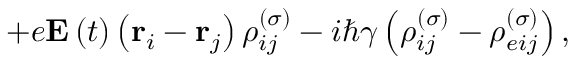
+ e \mathbf { E } \left( t \right) \left( \mathbf { r } _ { i } - \mathbf { r } _ { j } \right) \rho _ { i j } ^ { \left( \sigma \right) } - i \hbar \gamma \left( \rho _ { i j } ^ { \left( \sigma \right) } - \rho _ { e i j } ^ { \left( \sigma \right) } \right) ,